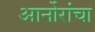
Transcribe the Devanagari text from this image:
आर्नोरांचा